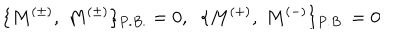
\{ M ^ { ( \pm ) } , \; M ^ { ( \pm ) } \} _ { P . B . } = 0 , \; \; \{ M ^ { ( + ) } , \; M ^ { ( - ) } \} _ { P . B . } = 0